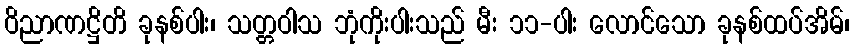
ဝိညာဏဋ္ဌိတိ ခုနစ်ပါး၊ သတ္တဝါသ ဘုံကိုးပါးသည် မီး ၁၁-ပါး လောင်သော ခုနစ်ထပ်အိမ်၊